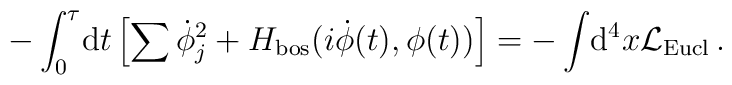
- \int_0^\tau \!{\rm d}t \left[  \sum \dot{\phi}_j^2 + H_{\rm bos}(i\dot\phi(t),\phi(t)) \right]=-\int \!{\rm d}^4 x{\cal L}_{\rm Eucl}\,.